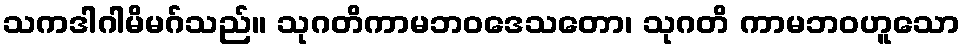
သကဒါဂါမိမဂ်သည်။ သုဂတိကာမဘဝဒေသတော၊ သုဂတိ ကာမဘဝဟူသော